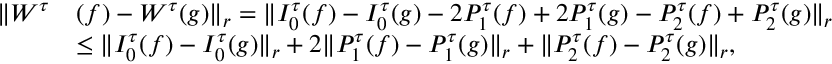
\begin{array} { r l } { \| W ^ { \tau } } & { ( f ) - W ^ { \tau } ( g ) \| _ { r } = \| I _ { 0 } ^ { \tau } ( f ) - I _ { 0 } ^ { \tau } ( g ) - 2 P _ { 1 } ^ { \tau } ( f ) + 2 P _ { 1 } ^ { \tau } ( g ) - P _ { 2 } ^ { \tau } ( f ) + P _ { 2 } ^ { \tau } ( g ) \| _ { r } } \\ & { \le \| I _ { 0 } ^ { \tau } ( f ) - I _ { 0 } ^ { \tau } ( g ) \| _ { r } + 2 \| P _ { 1 } ^ { \tau } ( f ) - P _ { 1 } ^ { \tau } ( g ) \| _ { r } + \| P _ { 2 } ^ { \tau } ( f ) - P _ { 2 } ^ { \tau } ( g ) \| _ { r } , } \end{array}